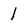
Character: l